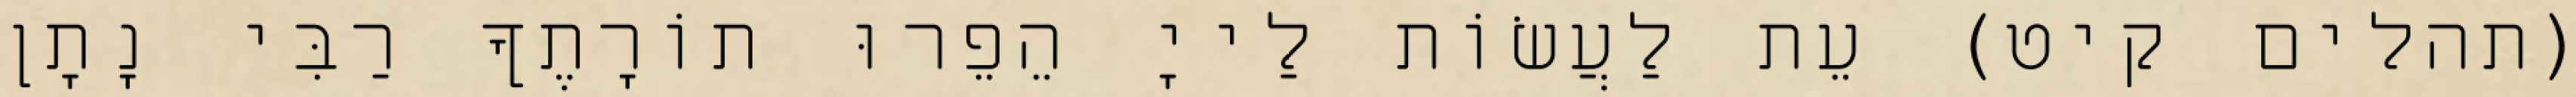
(תהלים קיט) עֵת לַעֲשׂוֹת לַייָ הֵפֵרוּ תוֹרָתֶךָ רַבִּי נָתָן